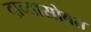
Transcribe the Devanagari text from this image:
दाव्यासोबत